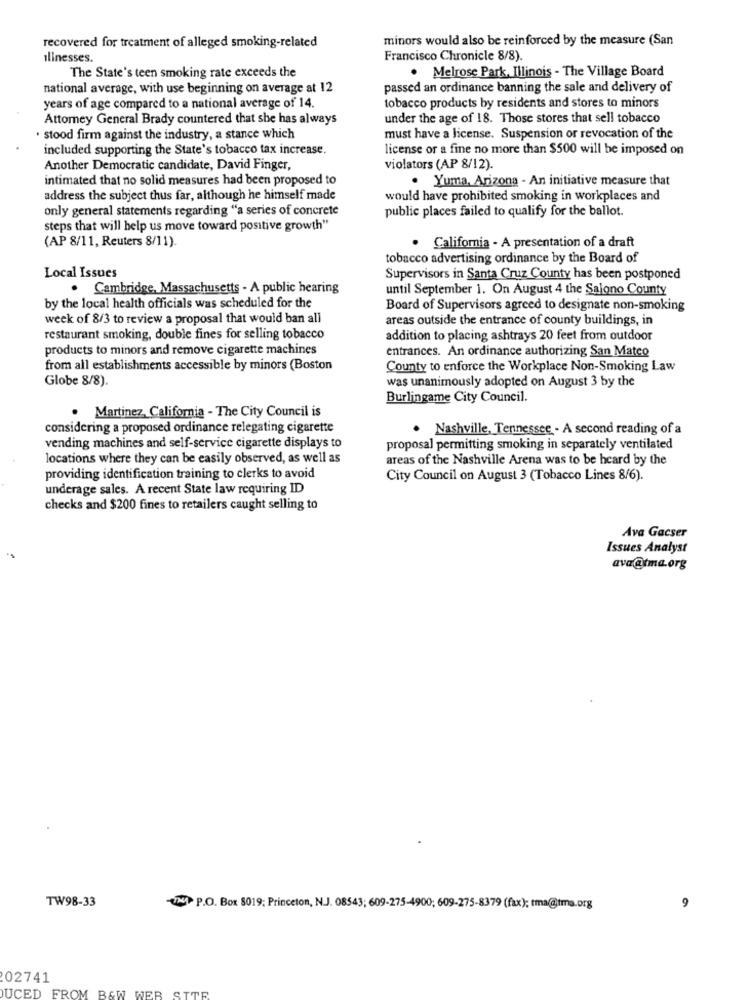
recovered for treatment of alleged smoking-related
minors would also be reinforced by the measure (San
illnesses.
Francisco Chronicle 8/8).
. Melrose Park, Illinois - The Village Board
The State's teen smoking rate exceeds the
national average, with use beginning on average at 12
passed an ordinance banning the sale and delivery of
years of age compared to a national average of 14.
tobacco products by residents and stores to minors
Attorney General Brady countered that she has always
under the age of 18. Those stores that sell tobacco
· stood firm against the industry, a stance which
must have a license. Suspension or revocation of the
included supporting the State's tobacco tax increase.
license or a fine no more than $500 will be imposed on
Another Democratic candidate, David Finger,
violators (AP 8/12).
intimated that no solid measures had been proposed to
. Yuma, Arizona - An initiative measure that
address the subject thus far, although he himself made
would have prohibited smoking in workplaces and
only general statements regarding "a series of concrete
public places failed to qualify for the ballot.
steps that will help us move toward positive growth"
(AP 8/11, Reuters 8/11).
. California - A presentation of a draft
tobacco advertising ordinance by the Board of
Local Issues
Supervisors in Santa Cruz County has been postponed
. Cambridge, Massachusetts - A public hearing
until September 1. On August 4 the Salono County
by the local health officials was scheduled for the
Board of Supervisors agreed to designate non-smoking
week of 8/3 to review a proposal that would ban all
areas outside the entrance of county buildings, in
restaurant smoking, double fines for selling tobacco
addition to placing ashtrays 20 feet from outdoor
products to minors and remove cigarette machines
entrances. An ordinance authorizing San Mateo
from all establishments accessible by minors (Boston
County to enforce the Workplace Non-Smoking Law
Globe 8/8).
was unanimously adopted on August 3 by the
Burlingame City Council.
. Martinez, California - The City Council is
considering a proposed ordinance relegating cigarette
. Nashville, Tennessee . A second reading of a
vending machines and self-service cigarette displays to
proposal permitting smoking in separately ventilated
locations where they can be easily observed, as well as
areas of the Nashville Arena was to be heard by the
providing identification training to clerks to avoid
City Council on August 3 (Tobacco Lines 8/6).
underage sales. A recent State law requiring ID
checks and $200 fines to retailers caught selling to
Ava Gacser
Issues Analyst
ava@tma.org
TW98-33
17H1 P.O. Box 8019; Princeton, N.J. 08543; 609-275-4900; 609-275-8379 (fax); tma@tma.org
9
02741
DUCED FROM B&W WEB SITE